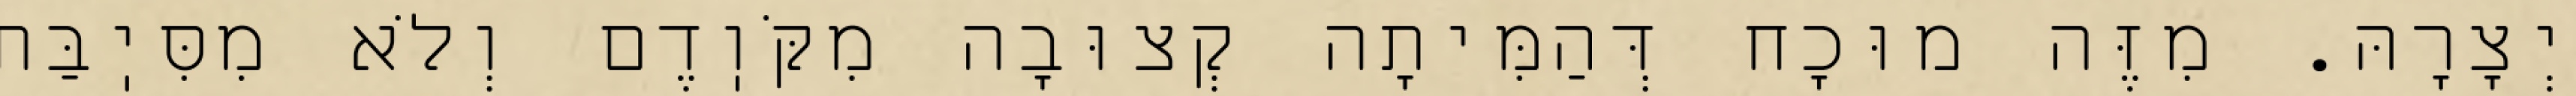
יְצָרָהּ. מִזֶּה מוּכָח דְּהַמִּיתָה קְצוּבָה מִקֹּוֽדֶם וְלֹא מִסִּיֽבַּת